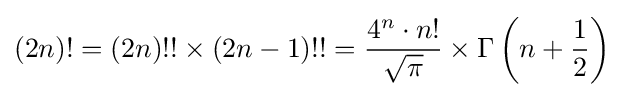
(2n)!=(2n)!!\times (2n-1)!!={\frac {4^{n}\cdot n!}{\sqrt {\pi }}}\times \Gamma \left(n+{\frac {1}{2}}\right)